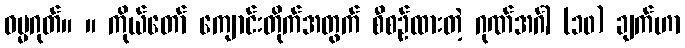
ဓမ္မဂုတ်။ ။ ကိုယ်တော် ကျောင်းတိုက်အတွက် စီစဉ်ထားတဲ့ ဂုဏ်အင်္ဂါ (၁၀) ချက်ဟာ